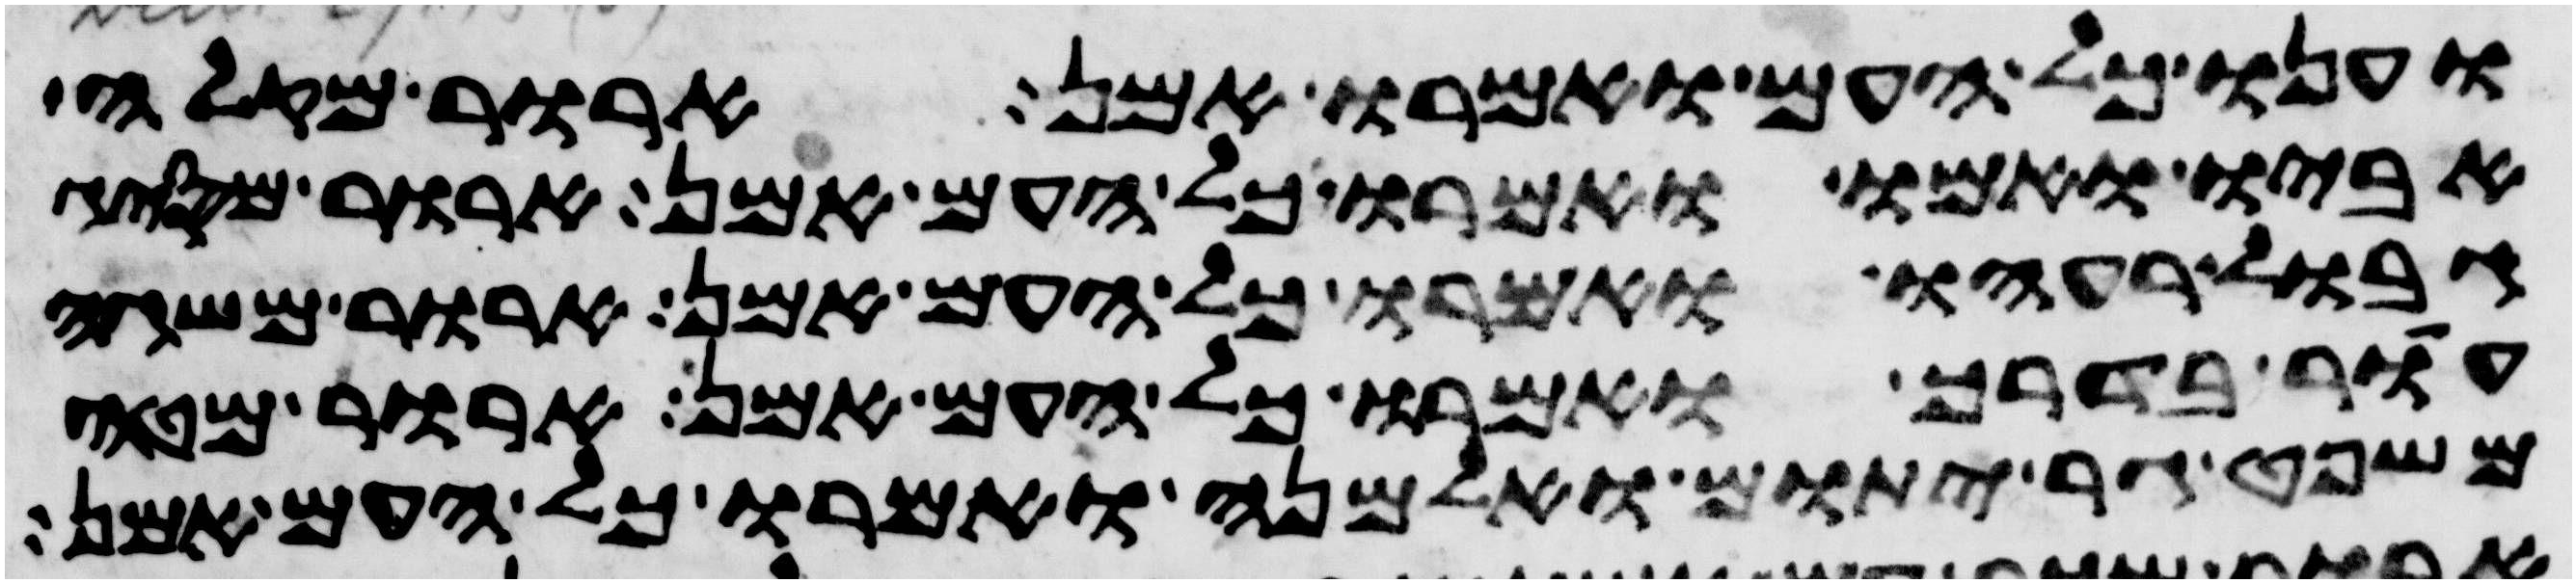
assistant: וענו כל העם ואמרו אמן ארור מקלה
אביו ואמו ואמרו כל העם אמן ארור מסיג
גבול רעהו ואמרו כל העם אמן ארור משגה
עור בדרך ואמרו כל העם אמן ארור מטה
משפט גר יתום ואלמנה ואמרו כל העם אמן